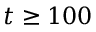
t \ge 1 0 0